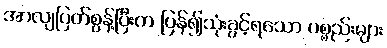
အာလျပြတ်စွန့်ပြီးက ပြန်၍သုံးခွင့်ရသော ပစ္စည်းများ